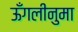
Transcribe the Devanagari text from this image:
ऊँगलीनुमा